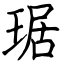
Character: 琚